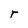
Character: r